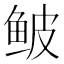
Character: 鲏